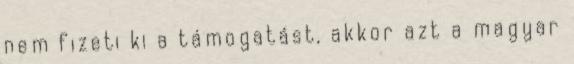
nem fizeti ki a támogatást, akkor azt a magyar